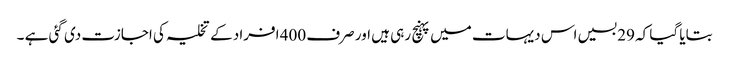
بتایا گیا کہ 29 بسیں اس دیہات میں پہنچ رہی ہیں اور صرف 400 افراد کے تخلیہ کی اجازت دی گئی ہے ۔